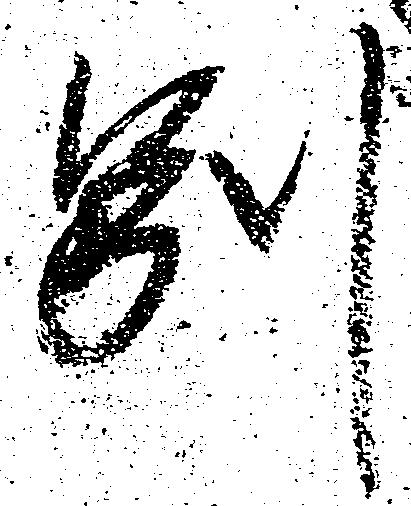
別